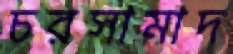
চরসামাদ